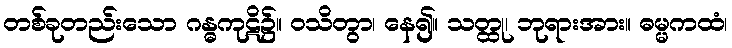
တစ်ခုတည်းသော ဂန္ဓကုဋိ၌။ ဝသိတွာ၊ နေ၍။ သတ္ထု၊ ဘုရားအား။ ဓမ္မကထံ၊